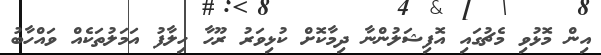
އިން މޮޅުވި މެޗުގައި އޮފިޝަލުންނާ ދިމާކޮށް ކުޅިވަރު ރޫހާ ހިލާފު އަމަލުތަކެއް ވައްހާބު